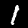
Label: 1